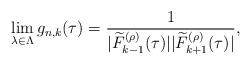
LaTeX: \begin{align*}\lim_{\lambda\in\Lambda} g_{n,k}(\tau)=\frac{1}{|\widetilde{F}_{k-1}^{(\rho)}(\tau)||\widetilde{F}_{k+1}^{(\rho)}(\tau)|},\end{align*}